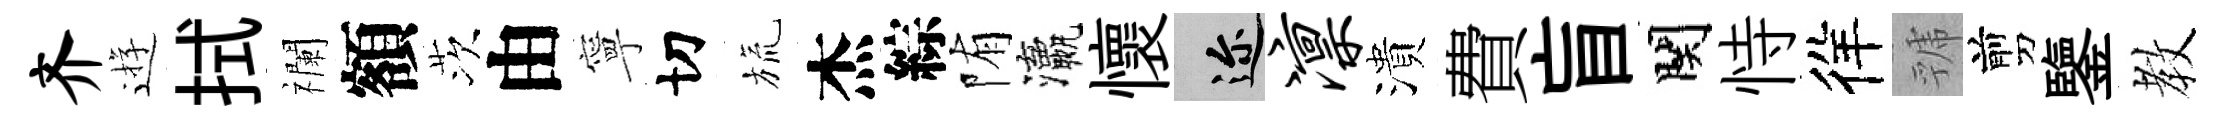
齐逰拭襴額茨由寧切旒杰綜陏瀛懷邇凛潰費盲関恃徉虢剪鑒教